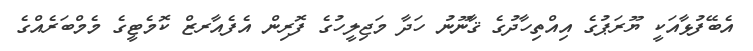
އެބޭފުޅާއަކީ ޔޫރަޕުގެ އިއްތިހާދުގެ ޤާނޫނު ހަދާ މަޖިލީހުގެ ފޮރިން އެފެއާރޒް ކޮމެޓީގެ މެމްބަރެއްގެ